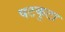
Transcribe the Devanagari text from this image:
षटकुटा